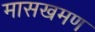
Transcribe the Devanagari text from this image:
मासखमण